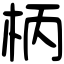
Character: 柄